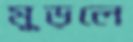
মুড়লে